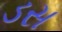
ડસ